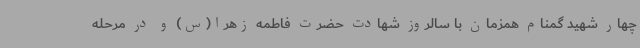
چهار شهید گمنام همزمان با سالروز شهادت حضرت فاطمه زهرا(س) و در مرحله